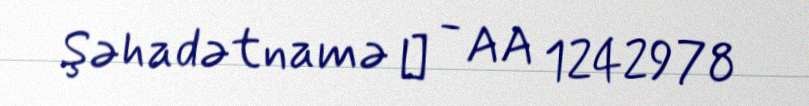
Şəhadətnamə № - AA 1242978